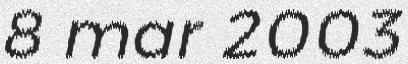
8 mar 2003